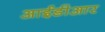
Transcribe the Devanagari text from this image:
आईडीआर